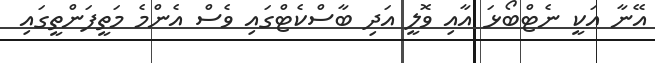
އޭނާ އަކީ ނެޓްބޯޅަ އާއި ވޮލީ އަދި ބާސްކެޓްގައި ވެސް އެންމެ މަތީފަންތީގައި